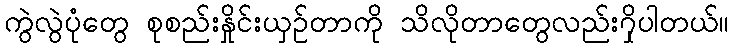
ကွဲလွဲပုံတွေ စုစည်းနှိုင်းယှဉ်တာကို သိလိုတာတွေလည်း၇ှိပါတယ်။